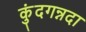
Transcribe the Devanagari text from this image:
कुंदगन्नदा